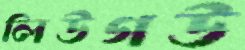
লিউগউ